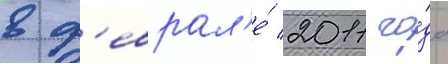
в ф'еврал'е́ 2011 го́да